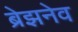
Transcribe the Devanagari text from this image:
ब्रेझनेव